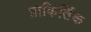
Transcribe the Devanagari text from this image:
प्राकिर्तिक